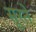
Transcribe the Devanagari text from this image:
सूरते